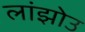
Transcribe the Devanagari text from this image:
लांझोउ